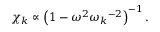
\chi _ { k } \propto \left( 1 - \omega ^ { 2 } { \omega _ { k } } ^ { - 2 } \right) ^ { - 1 } .